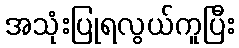
အသုံးပြုရလွယ်ကူပြီး